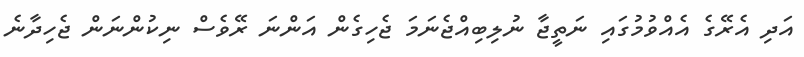
އަދި އެރޭގެ އެއްވުމުގައި ނަތީޖާ ނުލިިބިއްޖެނަމަ ޖެހިގެން އަންނަ ރޭވެސް ނިކުންނަން ޖެހިދާނެ